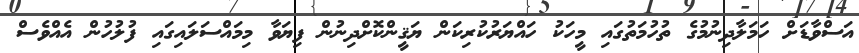
އަސްވާޑަށް ހަމަލާދިނުމުގެ ތުހުމަތުގައި މީހަކު ހައްޔަރުކުރިކަން ޔަޤީންކޮށްދިނުން ފިޔަވާ މިމައްސަލައިގައި ފުލުހުން އެއްވެސް